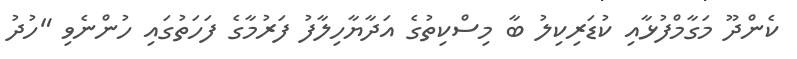
ކެންދޫ މަގާމްފުޅާއި ކުޑަރިކިލު ބާ މިސްކިތުގެ އަދާޔާހިލާފު ފަރުމާގެ ފަހަތުގައި ހުންނެވި "ހުދު